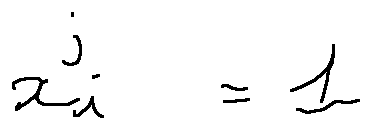
x _ { i } ^ { j } = 1